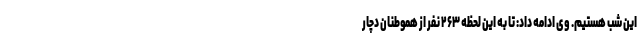
این شب هستیم. وی ادامه داد: تا به این لحظه ٢۶٣ نفر از هموطنان دچار